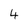
Character: 4